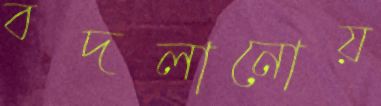
বদলানোয়